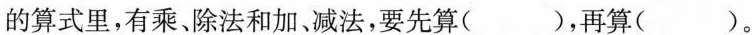
的算式里，有乘、除法和加、减法，要先算( )，再算( )。